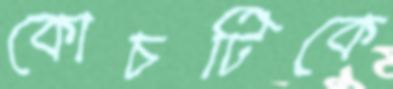
কোচটিকে